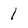
Character: 1